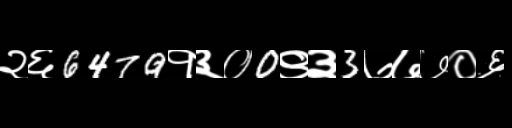
Text: २६6479१३०0९३3७७७०६